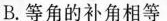
B.等角的补角相等